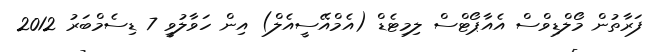
ފަރާތުން މޯލްޑިވްސް އެއާޕޯޓްސް ލިމިޓެޑް (އެމްއޭސީއެލް) އިން ހަވާލުވީ 7 ޑިސެމްބަރު 2012